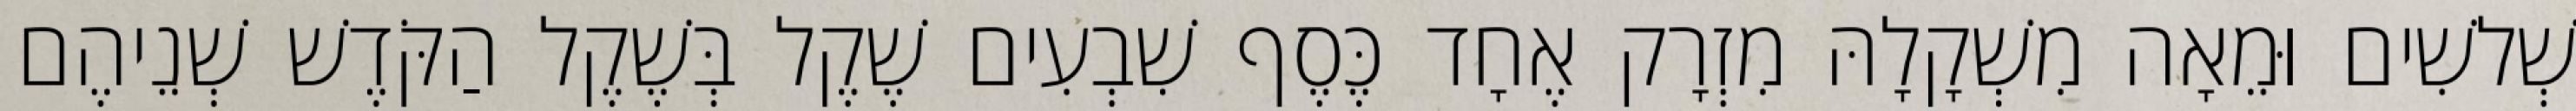
שְׁלשִׁים וּמֵאָה מִשְׁקָלָהּ מִזְרָק אֶחָד כֶּסֶף שִׁבְעִים שֶׁקֶל בְּשֶׁקֶל הַקֹּדֶשׁ שְׁנֵיהֶם